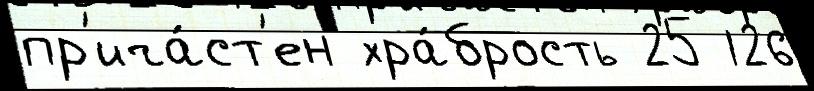
пр'ича́ст'ен хра́брость 25 126